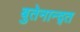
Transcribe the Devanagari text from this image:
बुतेनान्द्त